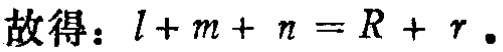
故得：\(l + m + n = R + r\)。